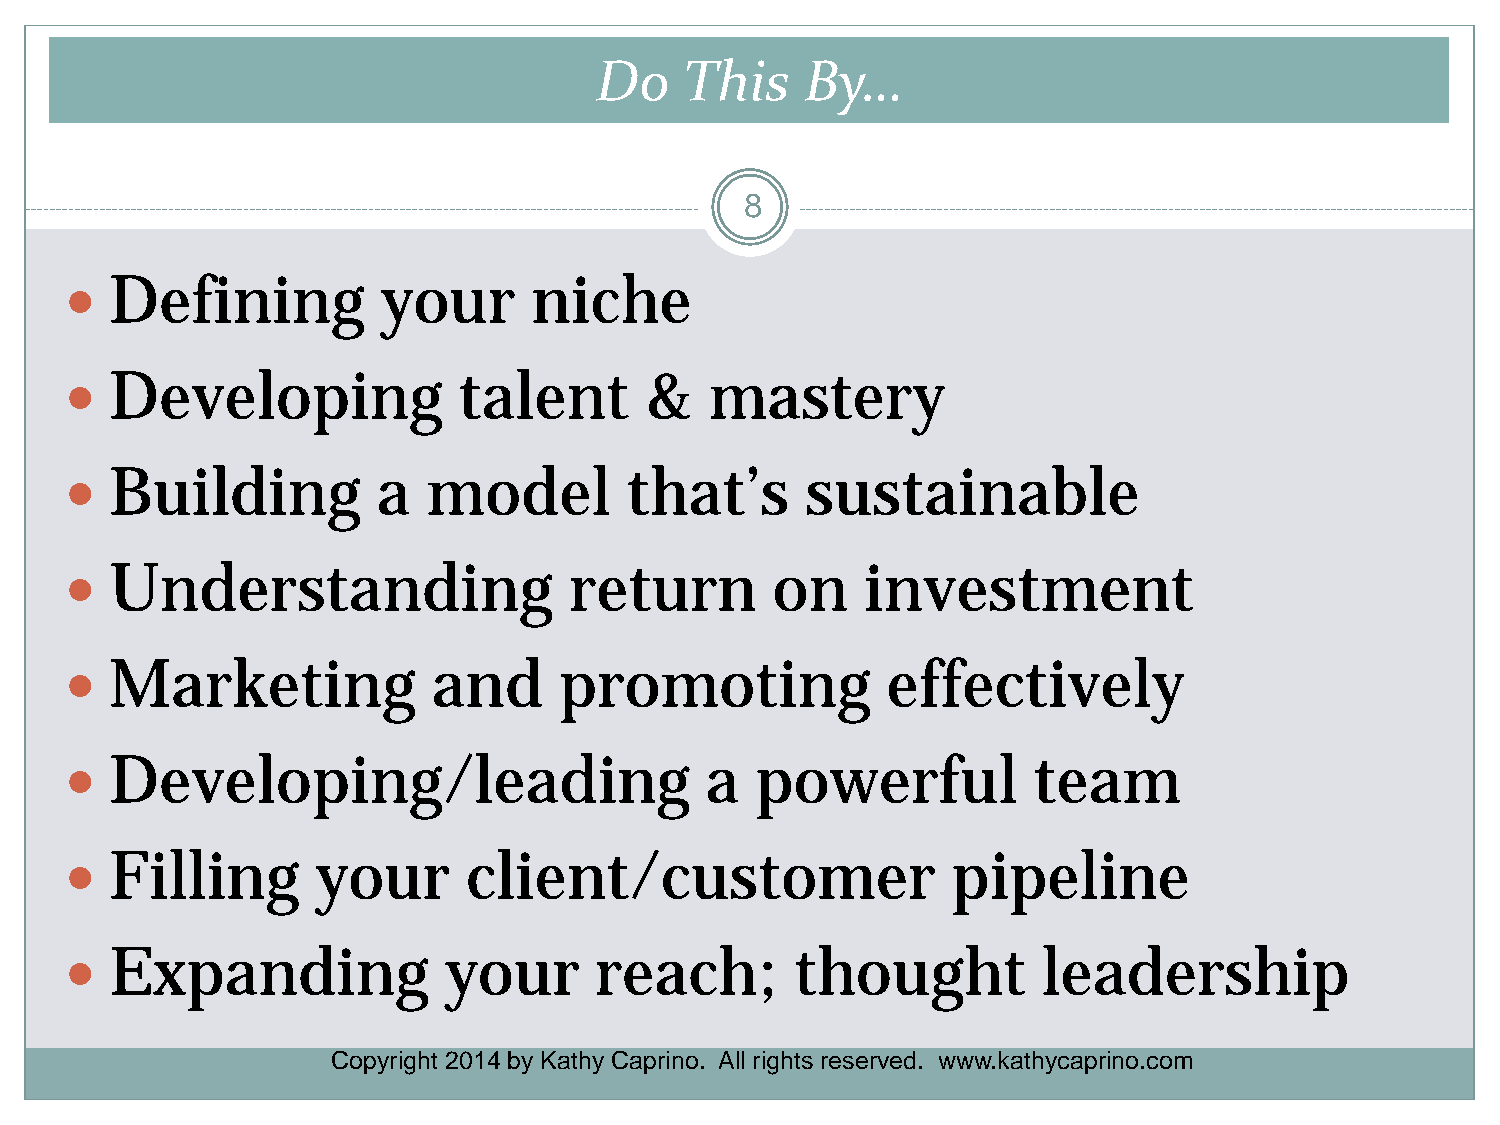
Do    This    By…
 8
   Defining          your      niche
   Developing             talent       &   mastery
   Building          a  model         that’s     sustainable
   Understanding                  return       on    investment
   Marketing             and     promoting             effectively
   Developing/leading                      a  powerful          team
   Filling       your      client/customer                 pipeline
   Expanding             your      reach;        thought         leadership
 Copyright 2014 by Kathy Caprino. All rights reserved. www.kathycaprino.com